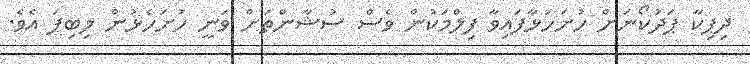
ދިޕިކާ ޕަދުކޯނަށް ހުށަހަޅާފައިވާ ފިލްމަކުން ވެސް ސުޝާންތަށް ވަނީ ހުށަހެޅުން ލިބިފަ އެވެ.